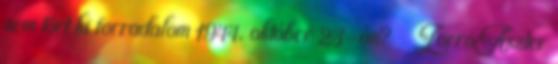
nem tört ki forradalom 1944. október 23-án? ZorróAszter